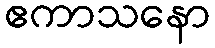
ဧကာသနော